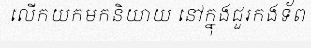
លើកយកមកនិយាយ នៅក្នុងជួរកងទ័ព